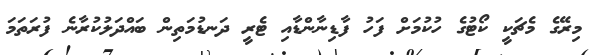
މިރޭގެ މެޗަކީ ކޯޓުގެ ހުކުމަށް ފަހު ފާޑިނާންޑާއި ޓެރީ ދަނޑުމަތިން ބައްދަލުކުރާނެ ފުރަތަމަ